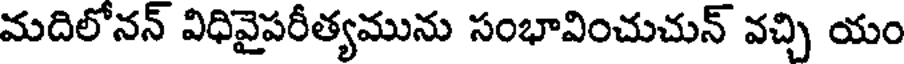
మదిలోనన్ విధివైపరీత్యమును సంభావించుచున్ వచ్చి యం